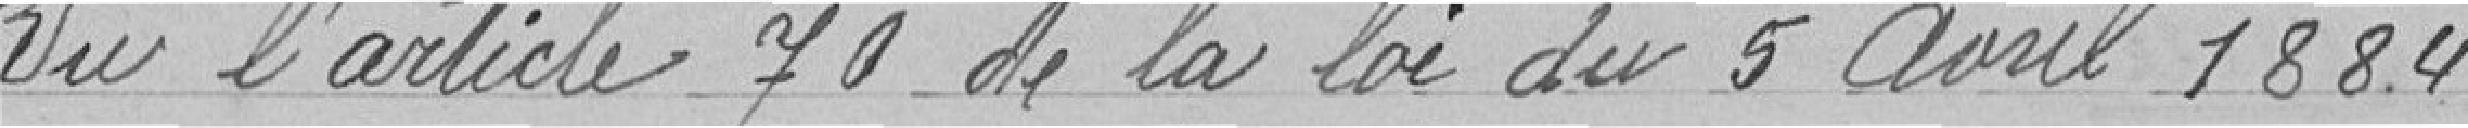
Vu l'article 70 de la loi du 5 avril 1884